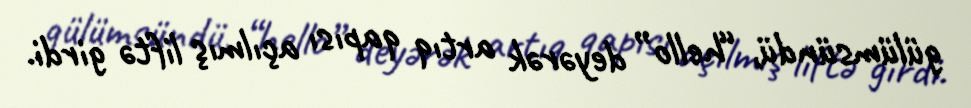
gülümsündü, “hello” deyərək artıq qapısı açılmış liftə girdi.